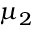
\mu _ { 2 }